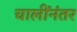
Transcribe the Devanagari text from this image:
चालींनंतर